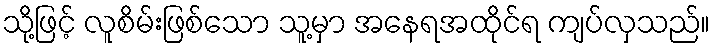
သို့ဖြင့် လူစိမ်းဖြစ်သော သူ့မှာ အနေရအထိုင်ရ ကျပ်လှသည်။